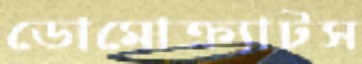
ডোমোক্র্যাটস